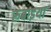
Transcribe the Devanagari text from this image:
रुबाइया